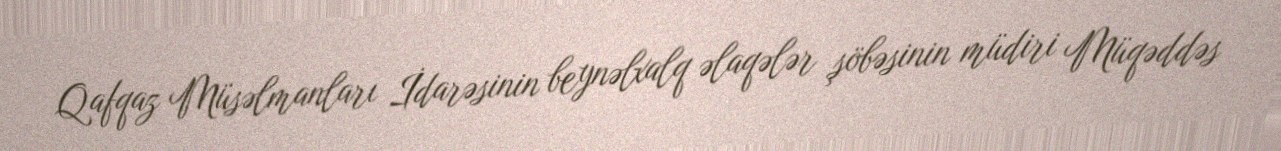
Qafqaz Müsəlmanları İdarəsinin beynəlxalq əlaqələr şöbəsinin müdiri Müqəddəs